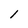
Character: 1